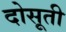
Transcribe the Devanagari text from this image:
दोसूती